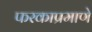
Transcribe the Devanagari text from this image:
फरकाप्रमाणे